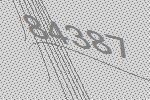
84387